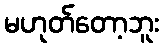
မဟုတ်တော့ဘူး